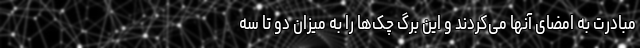
مبادرت به امضای آنها می‌کردند و این برگ ‌چک‌ها را به میزان دو تا سه